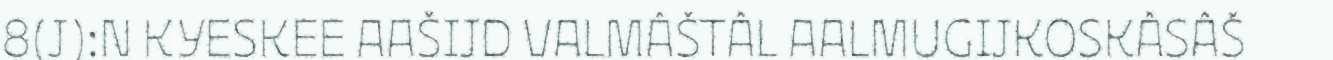
8(J):N KYESKEE AAŠIJD VALMÂŠTÂL AALMUGIJKOSKÂSÂŠ